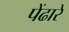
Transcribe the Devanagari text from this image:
पेंढारे